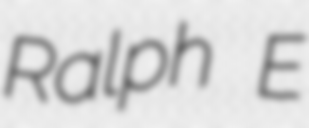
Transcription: Ralph E